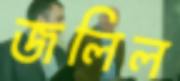
জলিল